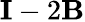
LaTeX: \mathbf{I}-2\mathbf{B}